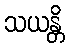
သယန္တိ